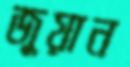
জুয়ান